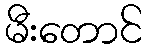
မီးတောင်